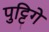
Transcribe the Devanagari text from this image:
पुट्टिगे